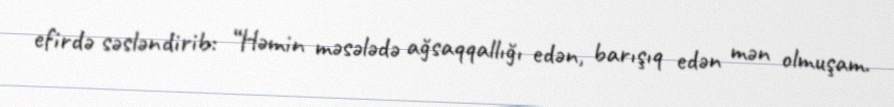
efirdə səsləndirib: “Həmin məsələdə ağsaqqallığı edən, barışıq edən mən olmuşam.